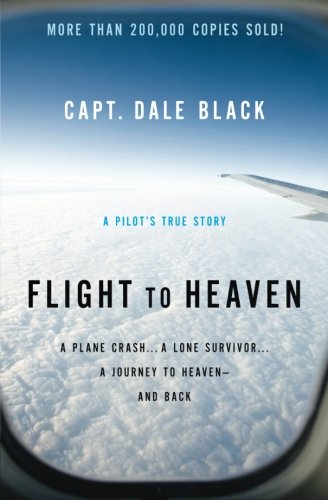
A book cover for Flight to Heaven: A Plane Crash...A Lone Survivor...A Journey to Heaven--and Back; Dale Black; Engineering & Transportation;